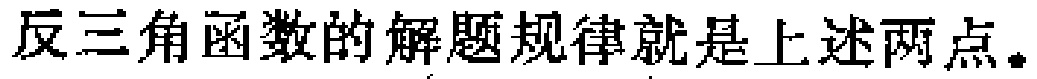
反三角函数的解题规律就是上述两点。